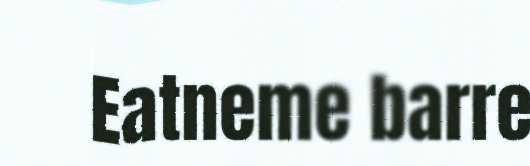
Eatneme barre